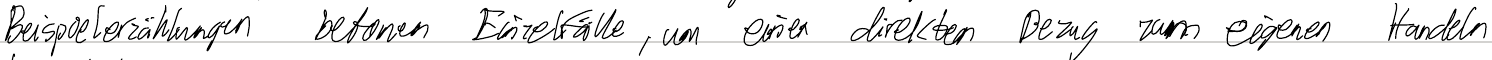
Beispielerzählungen betonen Einzelfälle, um einen direkten Bezug zum eigenen Handeln